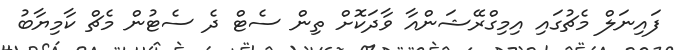
ފައިނަލް މެޗުގައި އިމިގްރޭޝަންއާ ވާދަކޮށް ތިން ސެޓް ދެ ސެޓުން މެޗް ކާމިޔާބު